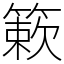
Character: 簌